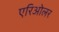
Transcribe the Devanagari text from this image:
एरिओलर